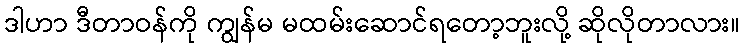
ဒါဟာ ဒီတာဝန်ကို ကျွန်မ မထမ်းဆောင်ရတော့ဘူးလို့ ဆိုလိုတာလား။